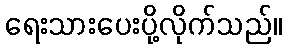
ရေးသားပေးပို့လိုက်သည်။